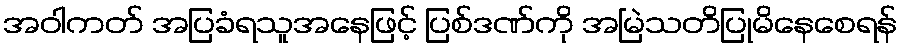
အဝါကတ် အပြခံရသူအနေဖြင့် ပြစ်ဒဏ်ကို အမြဲသတိပြုမိနေစေရန်